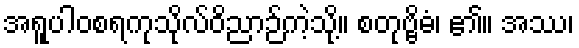
အရူပါဝစရကုသိုလ်ဝိညာဉ်ကဲ့သို့။ စတုဗ္ဗိဓံ၊ ၏။ အဿ၊